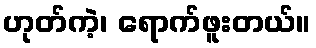
ဟုတ်ကဲ့၊ ရောက်ဖူးတယ်။